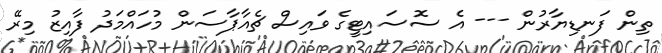
ތިން ފަނޑިޔާރުން --- އެ ސޮސައިޓީގެ ވައިސް ޗެއާޕާސަން މުހައްމަދު ފާއިޒު މިރޭ